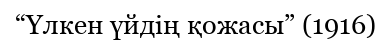
“Үлкен үйдің қожасы” (1916)